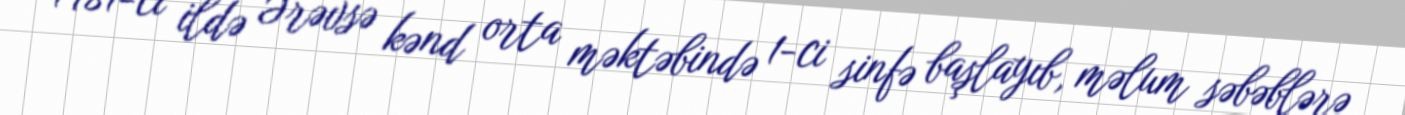
1981-ci ildə Ərəvsə kənd orta məktəbində 1-ci sinfə başlayıb, məlum səbəblərə